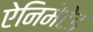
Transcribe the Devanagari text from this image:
ऐनिमेटेड